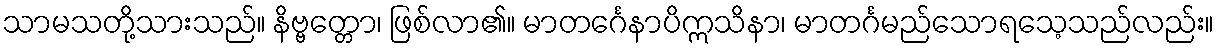
သာမသတို့သားသည်။ နိဗ္ဗတ္တော၊ ဖြစ်လာ၏။ မာတင်္ဂေနာပိဣသိနာ၊ မာတင်္ဂမည်သောရသေ့သည်လည်း။